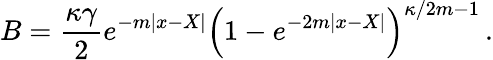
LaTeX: B={\frac{\kappa\gamma}{2}}e^{-m|x-X|}\left(1-e^{-2m|x-X|}\right)^{\kappa/2m-1}\, .